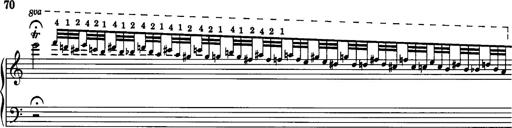
Title: La romanesca
Composer: Franz Liszt